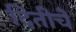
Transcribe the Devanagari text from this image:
दितीचे